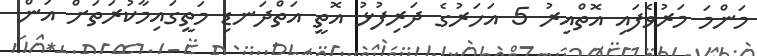
މަންމަ މަރުވެފައި އޮތްއިރު 5 އަހަރުގެ ދަރިފުޅު އޮތީ އަތްދަނޑި މަތީގައިމާކުރަތަށް އަން